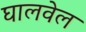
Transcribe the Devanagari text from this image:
घालवेल